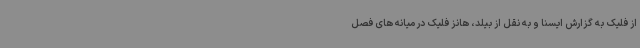
از فلیک به گزارش ایسنا و به نقل از بیلد، هانز فلیک در میانه های فصل